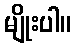
မျိုးပါ။